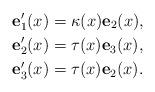
LaTeX: \begin{align*}\mathbf{e}_{1}^{\prime }(x)& =\kappa (x)\mathbf{e}_{2}(x), \\\mathbf{e}_{2}^{\prime }(x)& =\tau (x)\mathbf{e}_{3}(x), \\\mathbf{e}_{3}^{\prime }(x)& =\tau (x)\mathbf{e}_{2}(x).\end{align*}